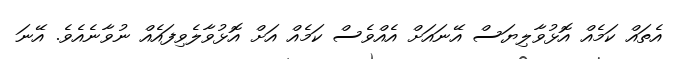
އެތައް ކަމެއް އޮޅުވާލިޔަސް އޭނައަށް އެއްވެސް ކަމެއް އަށް އޮޅުވާލެވިފައެއް ނުވާނެއެވެ. އޭނަ